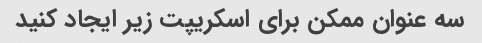
سه عنوان ممکن برای اسکریپت زیر ایجاد کنید